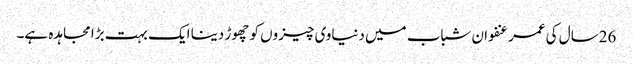
26سال کی عمر عنفوان شباب میں دنیاوی چیزوں کو چھوڑ دینا ایک بہت بڑا مجاہدہ ہے۔